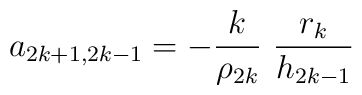
a_{2k+1,2k-1} = -\frac{k}{\rho _{2k}}\ \frac{r_k}{h_{2k-1}}